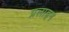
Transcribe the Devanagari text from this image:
प्रलाइन